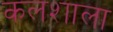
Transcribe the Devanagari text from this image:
कलशाला